Annual report on the Civil Veterinary Department, Burma (including the Insein Veterinary School) - 1923-1931
Year: 1923
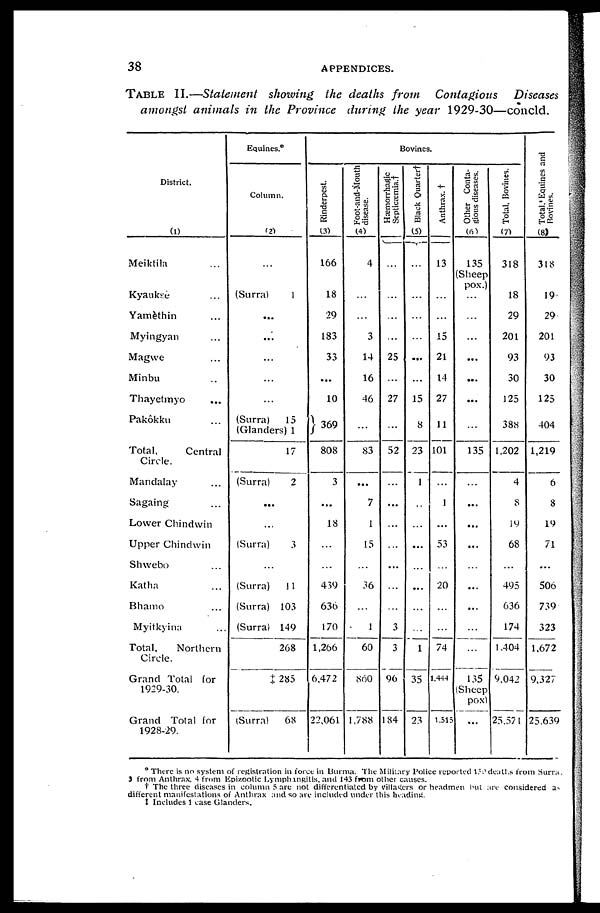
38
APPENDICES.
TABLE II.—Statement showing the deaths from Contagious Diseases
amongst animals in the Province during the year 1929-30—concld.
District.
(1)
Meiktila ...
Kyaukse ...
Yamèthin ...
Myingyan ...
Magwe ...
Minbu ...
Thayetmyo ...
Pakôkku ...
Total,
Central
Circle.
Mandalay ...
Sagaing ...
Lower Chindwin
Upper Chindwin
Shwebo ...
Katha ...
Bhamo ...
Myitkyina ...
Total,
Northern
Circle.
Grand Total for
1929-30.
Grand Total for
1928-29.
Equines.
Column.
(2)
(Surra)
1
...
...
...
...
...
(Surra)
15
(Glanders) 1
17
(Surra)
2
...
...
(Surra)
3
...
(Surra)
11
(Surra) 103
(Surra) 149
208
X 285
(Surra)
68
Bovines.
Rinderpest.
(3)
166
18
29
183
33
...
10
369
808
3
...
18
...
...
439
636
170
1,266
6,472
22,061
Foot-and-Mouth
disease.
(4)
4
...
...
3
14
16
46
...
83
...
7
1
15
...
36
...
1
60
860
1,788
Hæmorrhagic
Septicæmia.†
...
...
...
...
25
...
27
...
52
...
...
...
...
...
...
...
3
3
96
184
Black Quarter†
(5)
...
...
...
...
...
...
15
8
23
1
...
...
...
...
...
...
...
1
35
23
Anthrax. †
13
...
...
15
21
14
27
11
101
...
1
...
53
...
20
...
...
74
1,444
1.513
Other Conta
gious diseases.
(6)
135
(Sheep
pox.)
...
...
...
...
...
...
...
135
...
...
...
...
...
...
...
...
...
135
(Sheep
pox)
...
Total, Bovines.
(7)
318
18
29
201
93
30
125
388
1,202
4
8
19
68
...
495
636
174
1,404
9,042
25,57 1
Total Equines and
Bovines.
(8)
318
19
29
201
93
30
125
404
1,219
6
8
19
71
...
506
739
323
1,672
9,327
25.639
○ There is no system of registration in force in Burma. The Military Police reported 159 deaths from Surra,
3 from Anthrax, 4 from Epizootic Lymphangitis, and 143 from other causes.
† The three diseases in column 5 are not differentiated by villagers or headmen but are considered as
different manifestations of Anthrax and so are included under this heading.
‡ Includes 1 case Glanders.